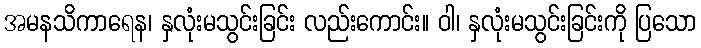
အမနသိကာရေန၊ နှလုံးမသွင်းခြင်း လည်းကောင်း။ ဝါ၊ နှလုံးမသွင်းခြင်းကို ပြသော